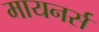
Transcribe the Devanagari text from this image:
मायनर्स